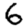
Digit: 6